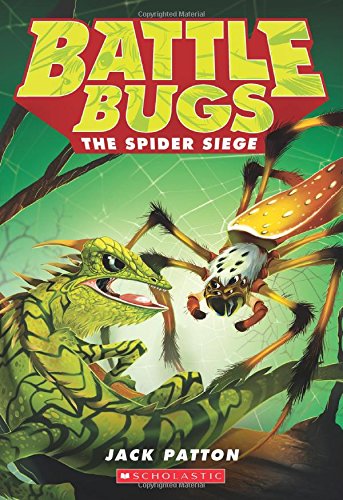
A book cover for Battle Bugs #2: The Spider Siege; Jack Patton; Children's Books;